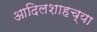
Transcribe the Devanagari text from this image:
आदिलशाहच्या